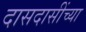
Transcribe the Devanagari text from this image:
दासदासींच्या